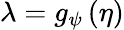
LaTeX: \lambda=g_{\psi}\left(\eta\right)